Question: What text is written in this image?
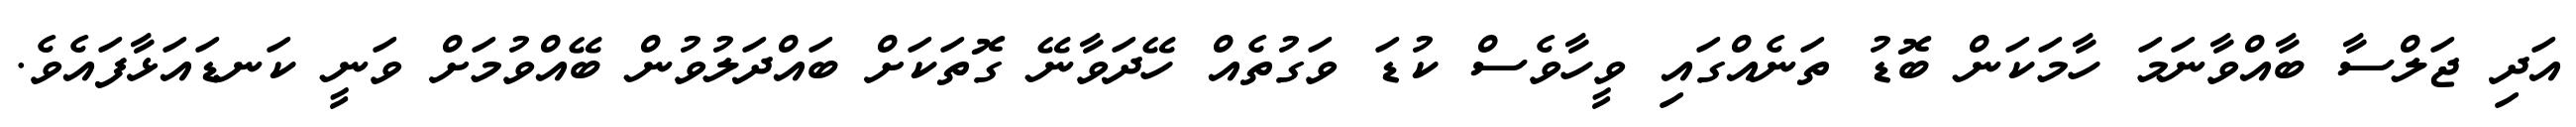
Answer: އަދި ޖަލްސާ ބާއްވާނަމަ ހާމަކަން ބޮޑު ތަނެއްގައި ވީހާވެސް ކުޑަ ވަގުތެއް ހޭދަވާނޭ ގޮތަކަށް ބައްދަލުވުން ބޭއްވުމަށް ވަނީ ކަނޑައަޅާފައެވެ.